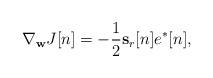
LaTeX: \begin{align*}\nabla_{\textbf{w}}J[n]=-\frac{1}{2}\textbf{s}_r[n]e^*[n],\end{align*}